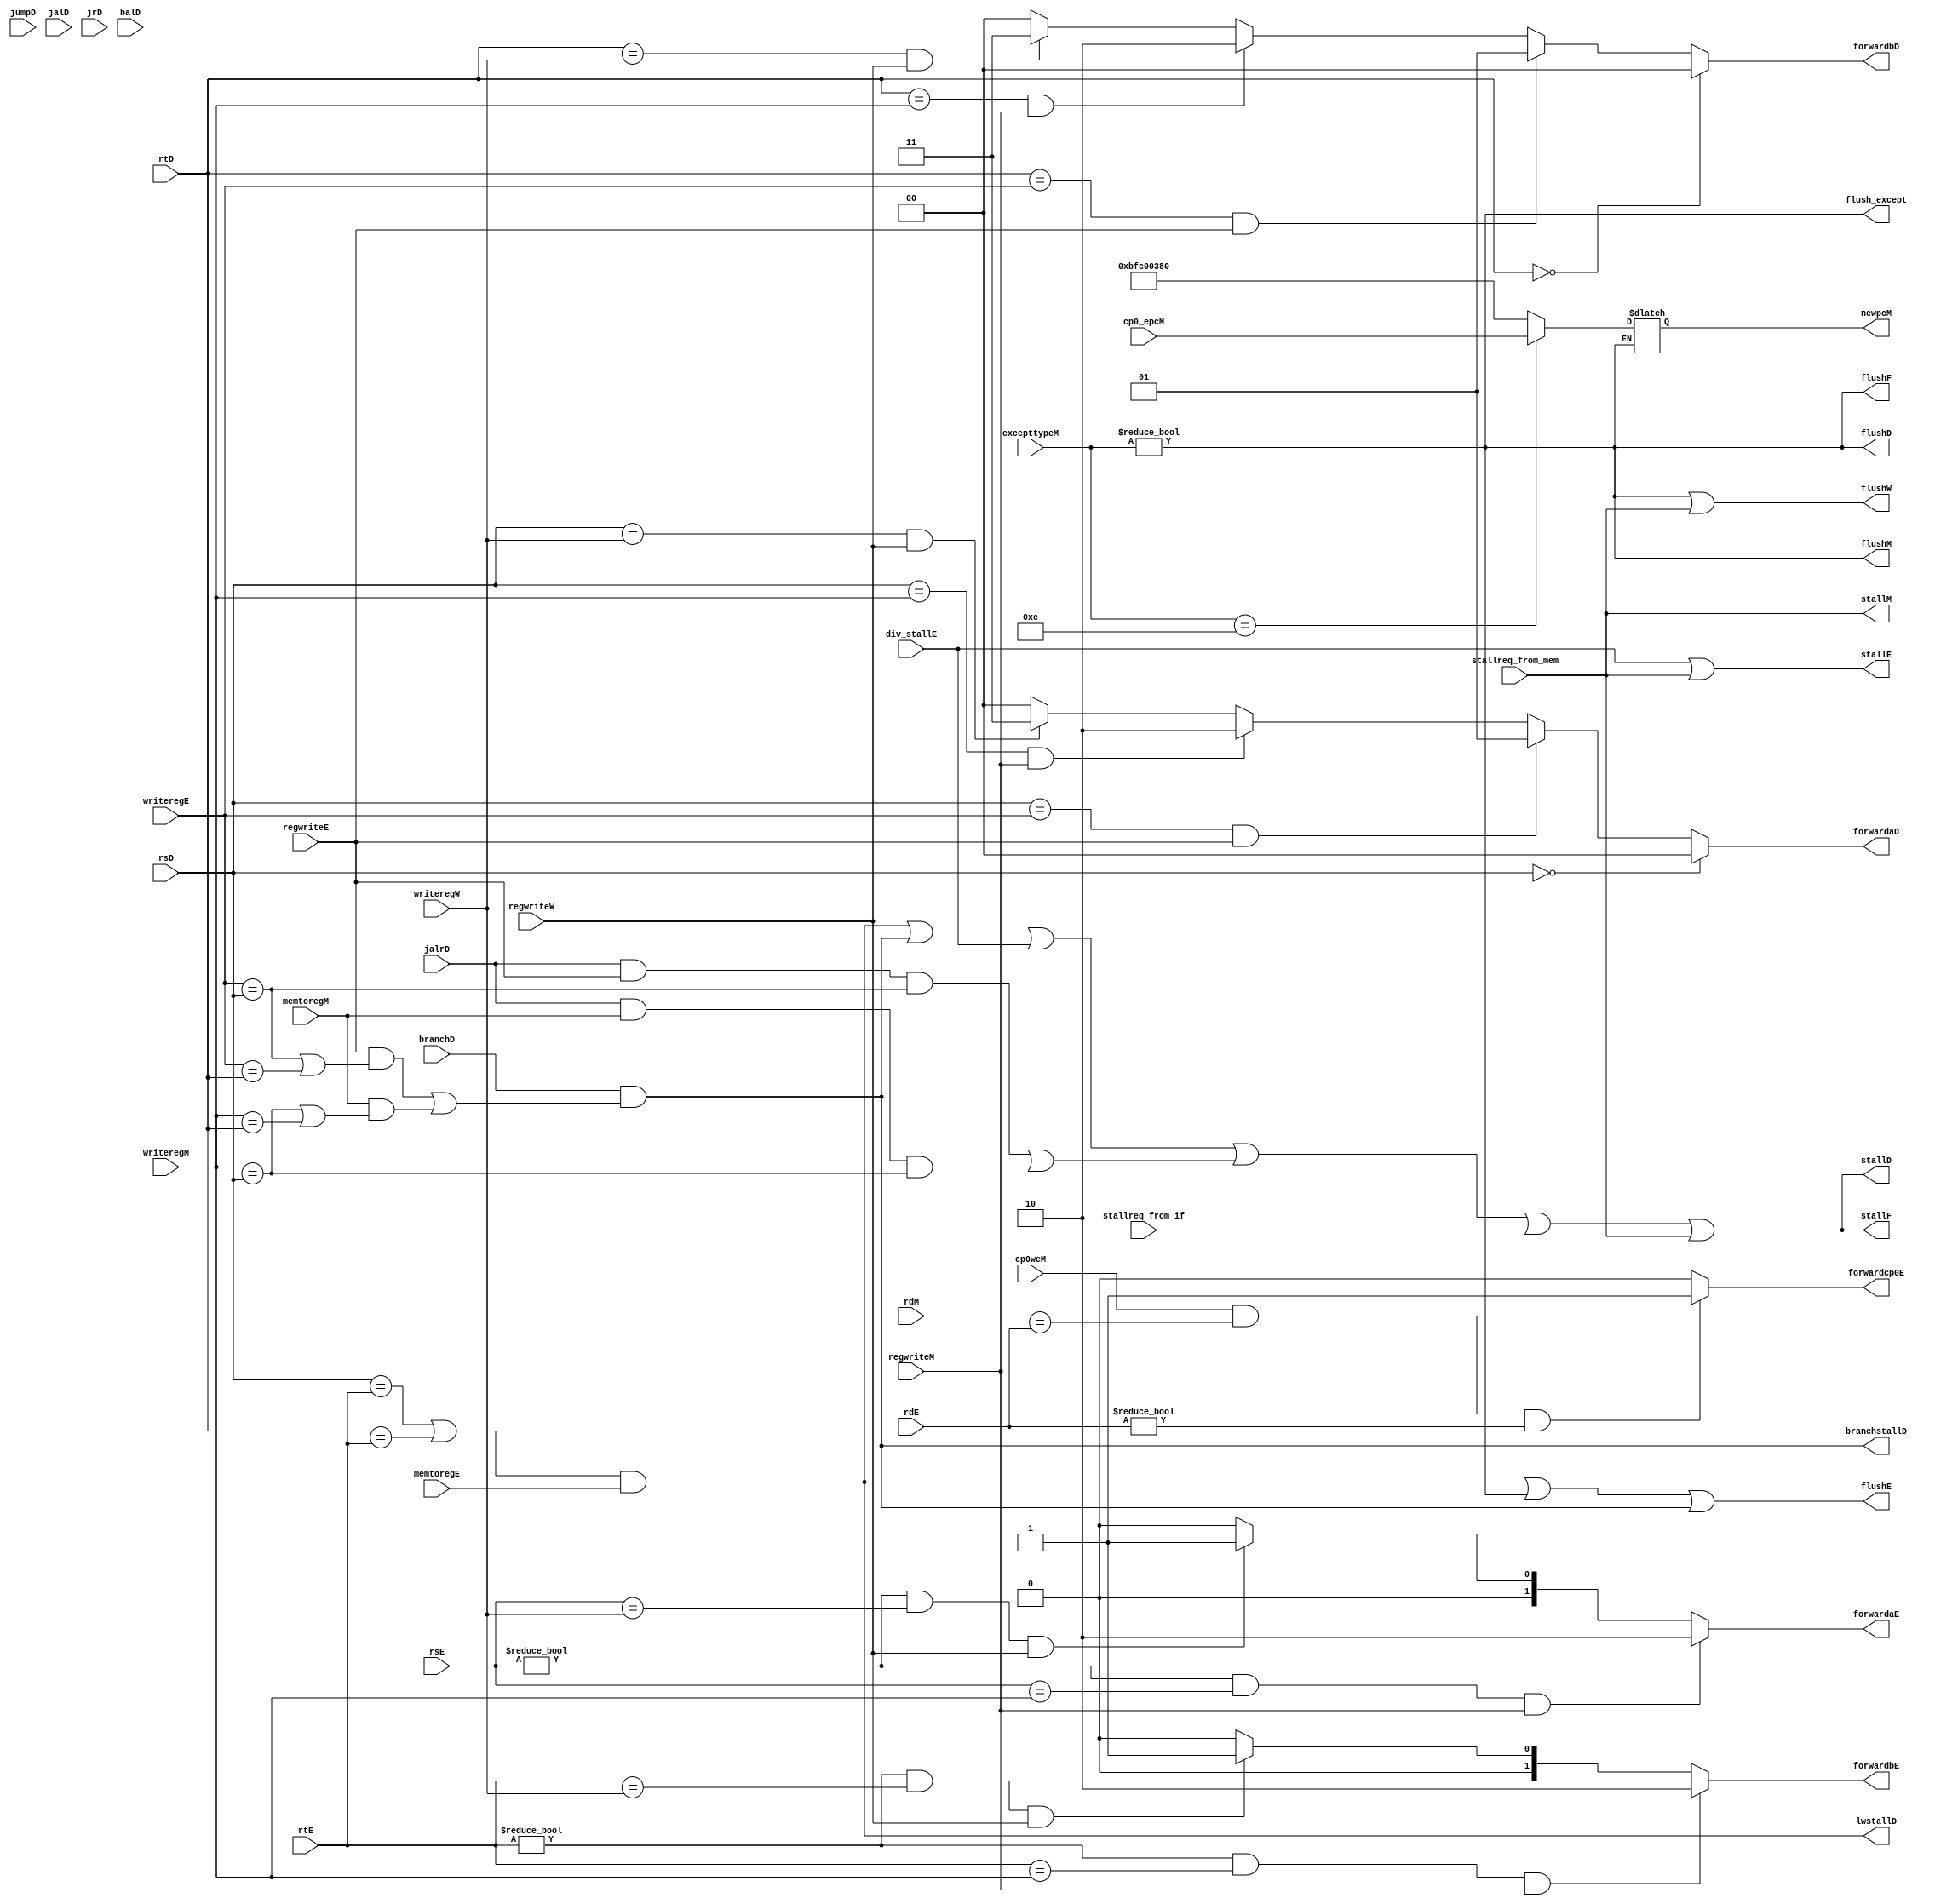
`timescale 1ns / 1ps
module hazard(
    input [4:0] rsD, rtD,
    input [4:0] rsE, rtE,
    input wire branchD,jumpD, jalD, jrD,balD,jalrD,
    input [4:0] writeregE,
    input regwriteE,
    input memtoregE,
    input [4:0] writeregM,
    input regwriteM,
    input memtoregM,
    input [4:0] writeregW,
    input regwriteW,
    output stallF,
    output [1:0] forwardaD, forwardbD,
    output stallD,
    output [1:0] forwardaE, forwardbE,
    output flushF,flushD,flushE,flushM,flushW,
    output lwstallD,
    output branchstallD,
    input wire div_stallE,
    output wire stallE,
    input wire cp0weM,
    input wire [4:0] rdM,
    input wire [4:0] rdE,
    input [31:0] excepttypeM,
	input wire [31:0] cp0_epcM,
	output reg [31:0] newpcM,
    output wire forwardcp0E,
    output wire flush_except,
    input wire stallreq_from_if,
    input wire stallreq_from_mem,
    output wire stallM
    
    );
    wire jalrstallD;
    //wire flush_except;
    assign flush_except = (excepttypeM != 32'b0 );

    assign forwardaE= (rsE!=0 & rsE==writeregM & regwriteM)? 2'b10:
					  (rsE!=0 & rsE==writeregW & regwriteW)? 2'b01: 2'b00;
	assign forwardbE= (rtE!=0 & rtE==writeregM & regwriteM)? 2'b10:
					  (rtE!=0 & rtE==writeregW & regwriteW)? 2'b01: 2'b00;
    assign stallF = (lwstallD | branchstallD | div_stallE | jalrstallD |stallreq_from_if | stallreq_from_mem);
    assign stallD = stallF;//(lwstallD | branchstallD | div_stallE | jalrstallD);//|stallreq_from_if| stallreq_from_mem);
    assign stallE = div_stallE|stallreq_from_mem;
    assign stallM = stallreq_from_mem;

    assign branchstallD = branchD & ( regwriteE  &  (writeregE == rsD | writeregE == rtD)  |  memtoregM & (writeregM == rsD | writeregM == rtD) );
    assign jalrstallD = (jalrD & regwriteE & (writeregE==rsD)) | (jalrD & memtoregM & (writeregM==rsD));
    assign lwstallD = (((rsD == rtE) | (rtD == rtE)) & memtoregE);

    assign flushF = flush_except;
    assign flushD = flush_except;
    assign flushE = (lwstallD|flush_except| branchstallD);
	assign flushM = flush_except;
	assign flushW = flush_except | stallreq_from_mem ;

	//assign forwardaD = (rsD != 0) & (rsD == writeregM) & regwriteM;
	//assign forwardbD = (rtD != 0) & (rtD == writeregM) & regwriteM;
    assign forwardaD =	(rsD==0)? 2'b00:
						(rsD == writeregE & regwriteE)?2'b01:
						(rsD == writeregM & regwriteM)?2'b10:
						(rsD == writeregW & regwriteW)?2'b11:2'b00;
	assign forwardbD =	(rtD==0)?2'b00:
						(rtD == writeregE & regwriteE)?2'b01:
						(rtD == writeregM & regwriteM)?2'b10:
						(rtD == writeregW & regwriteW)?2'b11:2'b00;

    assign forwardcp0E = ((cp0weM)&(rdM == rdE)&(rdE != 0))?1:0;

    //bfc00380
    always @(*) begin
        if(excepttypeM != 32'b0) begin
            if(excepttypeM == 32'h0000000e) begin
                newpcM <= cp0_epcM;
            end
            else begin
                newpcM <= 32'hBFC00380;//10 jump200
            end
        end
    end
endmodule